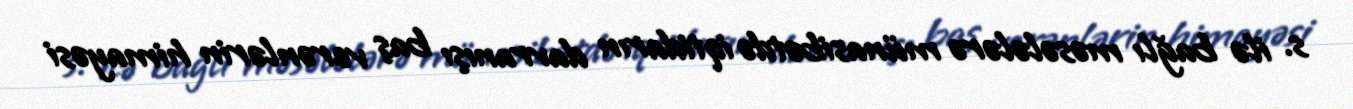
s. ilə bağlı məsələlərə münasibətdə iqtidarın davranışı baş verənlərin himayəsi